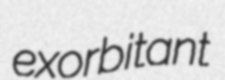
exorbitant